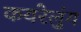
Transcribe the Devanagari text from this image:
कयरेलुंग